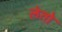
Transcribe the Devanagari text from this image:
लेतो